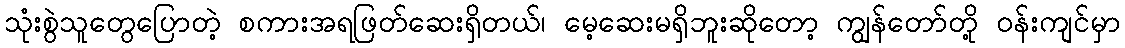
သုံးစွဲသူတွေပြောတဲ့ စကားအရဖြတ်ဆေးရှိတယ်၊ မေ့ဆေးမရှိဘူးဆိုတော့ ကျွန်တော်တို့ ဝန်းကျင်မှာ